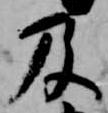
及